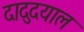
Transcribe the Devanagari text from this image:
दादुदयाल